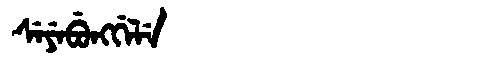
Manchu: ᠰᡝᠶᡝᠪᡠᠩᡤᡝᠯᡝ
Romanization: SEYEBUNGGELE